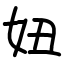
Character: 妞